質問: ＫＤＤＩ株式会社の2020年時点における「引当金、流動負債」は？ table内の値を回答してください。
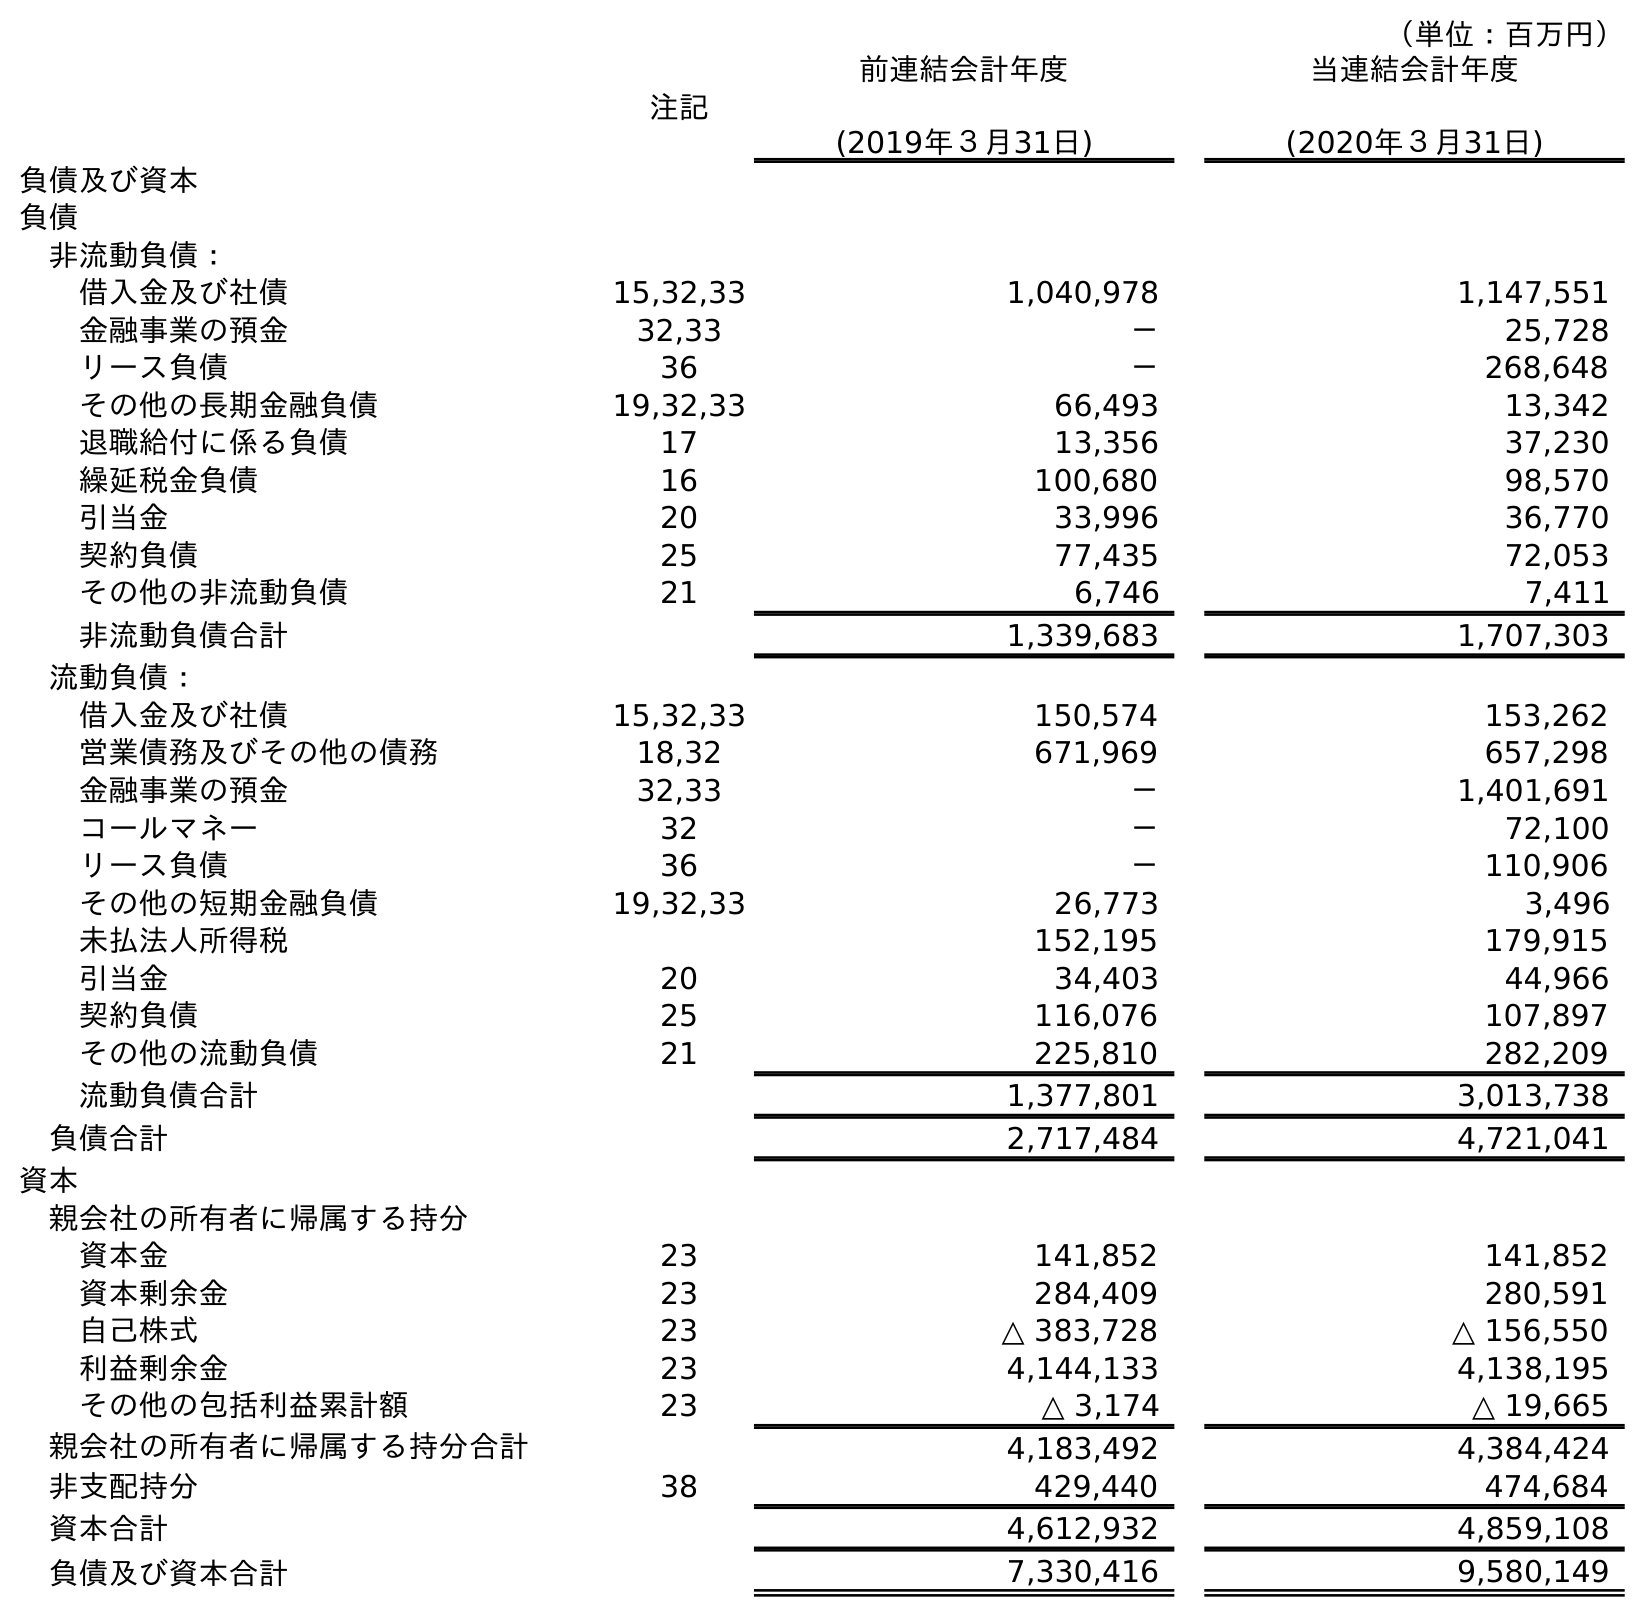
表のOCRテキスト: （単位：百万円） 注記 前連結会計年度 (2019年３月31日) 当連結会計年度 (2020年３月31日) 負債及び資本 負債 非流動負債： 借入金及び社債 15,32,33 1,040,978 1,147,551 金融事業の預金 32,33 － 25,728 リース負債 36 － 268,648 その他の長期金融負債 19,32,33 66,493 13,342 退職給付に係る負債 17 13,356 37,230 繰延税金負債 16 100,680 98,570 引当金 20 33,996 36,770 契約負債 25 77,435 72,053 その他の非流動負債 21 6,746 7,411 非流動負債合計 1,339,683 1,707,303 流動負債： 借入金及び社債 15,32,33 150,574 153,262 営業債務及びその他の債務 18,32 671,969 657,298 金融事業の預金 32,33 － 1,401,691 コールマネー 32 － 72,100 リース負債 36 － 110,906 その他の短期金融負債 19,32,33 26,773 3,496 未払法人所得税 152,195 179,915 引当金 20 34,403 44,966 契約負債 25 116,076 107,897 その他の流動負債 21 225,810 282,209 流動負債合計 1,377,801 3,013,738 負債合計 2,717,484 4,721,041 資本 親会社の所有者に帰属する持分 資本金 23 141,852 141,852 資本剰余金 23 284,409 280,591 自己株式 23 △ 383,728 △ 156,550 利益剰余金 23 4,144,133 4,138,195 その他の包括利益累計額 23 △ 3,174 △ 19,665 親会社の所有者に帰属する持分合計 4,183,492 4,384,424 非支配持分 38 429,440 474,684 資本合計 4,612,932 4,859,108 負債及び資本合計 7,330,416 9,580,149
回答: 44,966